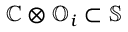
\mathbb { C } \otimes \mathbb { O } _ { i } \subset \mathbb { S }